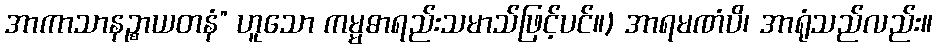
အာကာသာနဉ္စာယတနံ” ဟူသော ကမ္မဓာရည်းသမာသ်ဖြင့်ပင်။) အာရမဏံပိ၊ အာရုံသည်လည်း။